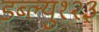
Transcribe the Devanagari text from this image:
डब्ल्यु१२३